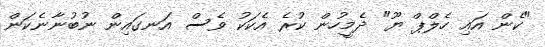
"ކެން އައި ހެލްޕް ޔޫ" ދެމީހުން ކުރެ އެކަކު ވެސް އަނގައިން ނުބުނާނެކަން